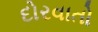
દોરવાતો